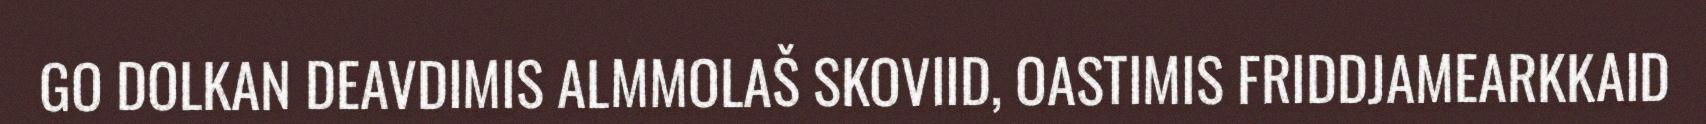
GO DOLKAN DEAVDIMIS ALMMOLAŠ SKOVIID, OASTIMIS FRIDDJAMEARKKAID